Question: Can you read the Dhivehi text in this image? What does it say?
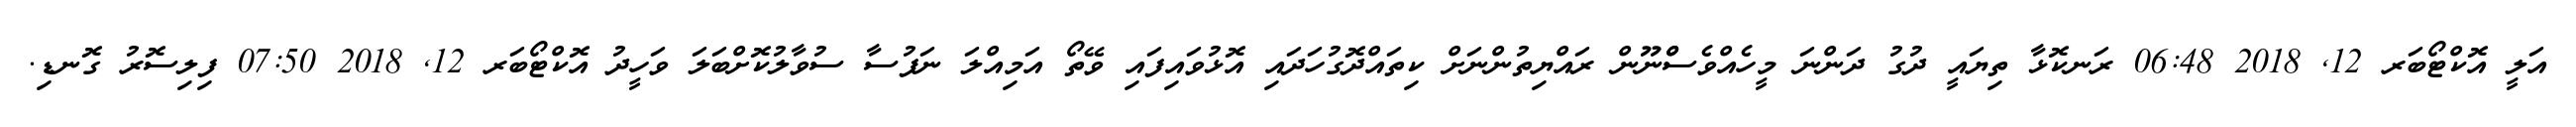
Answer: އަލީ އޮކްޓޯބަރ 12, 2018 06:48 ރަނކޮޅާ ތިޔައީ ދުގު ދަންނަ މީހެއްވެސްްނޫން ރައްޔިތުންނަށް ކިތައްދޮގުހަދައި އޮޅުވައިފައި ވޭތޯ އަމިއްލަ ނަފުސާ ސުވާލުކޮށްބަލަ ވަހީދު އޮކްޓޯބަރ 12, 2018 07:50 ފިލިސޮރު ގޮނޑި.